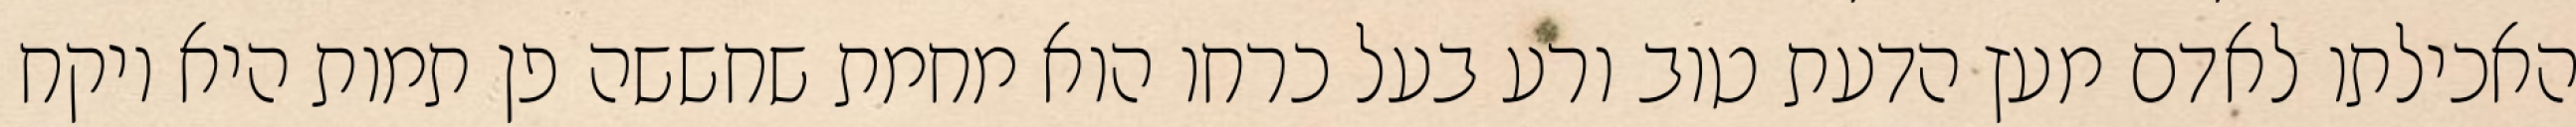
האכילתו לאדם מעץ הדעת טוב ורע בעל כרחו הוא מחמת שחששה פן תמות היא ויקח